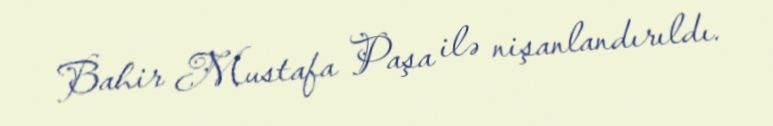
Bahir Mustafa Paşa ilə nişanlandırıldı.